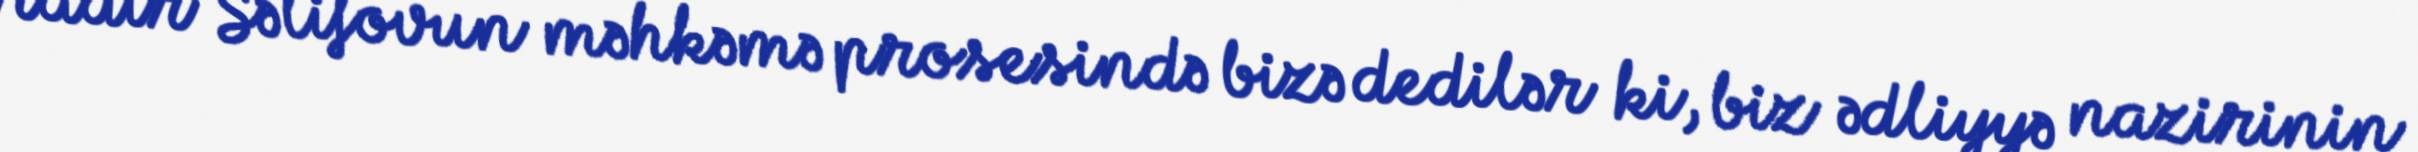
Nadir Səlifovun məhkəmə prosesində bizə dedilər ki, biz ədliyyə nazirinin